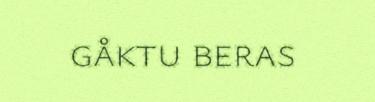
gåktu beras